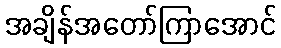
အချိန်အတော်ကြာအောင်